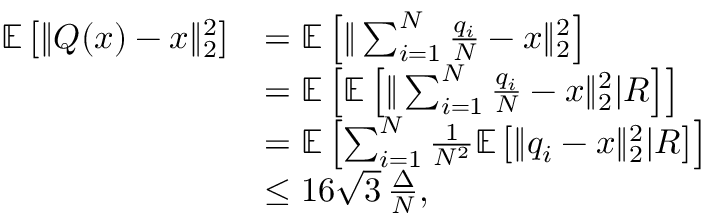
\begin{array} { r l } { \mathbb { E } \left[ \| Q ( x ) - x \| _ { 2 } ^ { 2 } \right] } & { = \mathbb { E } \left[ \| \sum _ { i = 1 } ^ { N } \frac { q _ { i } } { N } - x \| _ { 2 } ^ { 2 } \right] } \\ & { = \mathbb { E } \left[ \mathbb { E } \left[ \| \sum _ { i = 1 } ^ { N } \frac { q _ { i } } { N } - x \| _ { 2 } ^ { 2 } | R \right] \right] } \\ & { = \mathbb { E } \left[ \sum _ { i = 1 } ^ { N } \frac { 1 } { N ^ { 2 } } \mathbb { E } \left[ \| q _ { i } - x \| _ { 2 } ^ { 2 } | R \right] \right] } \\ & { \leq 1 6 \sqrt { 3 } \, \frac { \Delta } { N } , } \end{array}